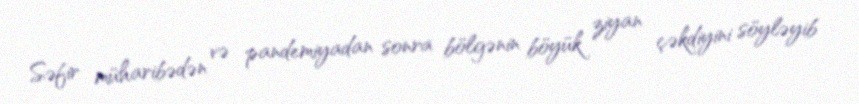
Səfir müharibədən və pandemiyadan sonra bölgənin böyük ziyan çəkdiyini söyləyib